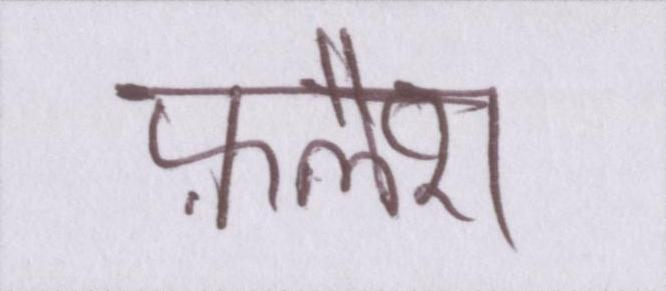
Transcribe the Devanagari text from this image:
फ़्लैश